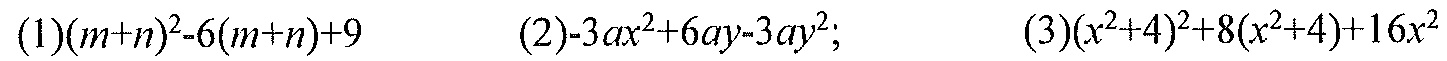
(1)\((m + n)^{2}-6(m + n)+9\)
(2)\(-3ax^{2}+6ay - 3ay^{2}\);
(3)\((x^{2}+4)^{2}+8(x^{2}+4)+16x^{2}\)